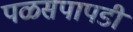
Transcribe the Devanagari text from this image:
पळसपापडी